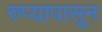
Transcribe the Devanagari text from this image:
रुप्यापासून